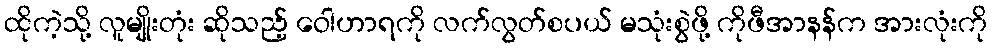
ထိုကဲ့သို့ လူမျိုးတုံး ဆိုသည့် ဝေါဟာရကို လက်လွတ်စပယ် မသုံးစွဲဖို့ ကိုဖီအာနန်က အားလုံးကို